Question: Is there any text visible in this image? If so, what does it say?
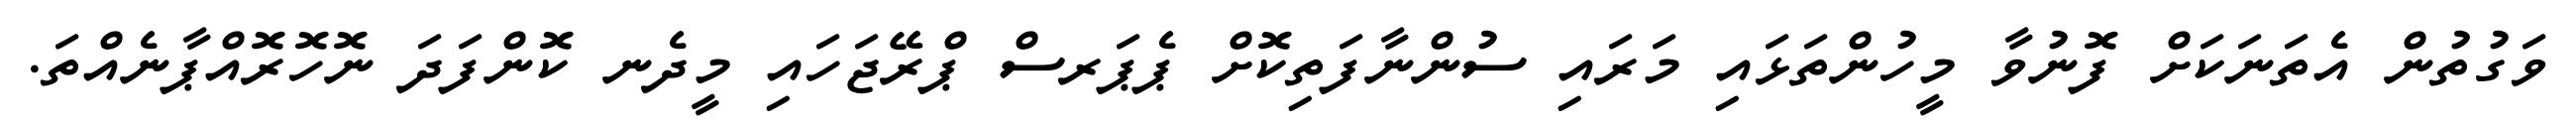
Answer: ވަގުތުން އެތަނަކަށް ފޮނުވާ މީހުންތަޅައި މަރައި ސުންނާފަތިކޮށް ޕެޕަރސް ޕްރޭޖަހައި މީދެނ ކޮންފަދަ ނޮހޮރޮއްޕާނެއްތަ.